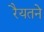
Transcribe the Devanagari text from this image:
रैयतने